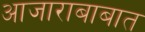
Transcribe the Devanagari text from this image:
आजाराबाबात